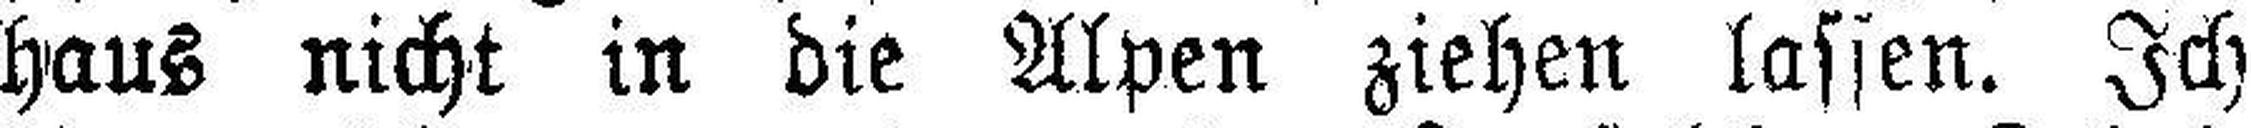
haus nicht in die Alpen ziehen lassen. Ich